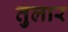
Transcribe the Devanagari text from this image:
तुलार